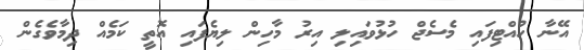
އޭނާ ހުއްޓިފައި މެސެޖް ހުޅުވައިލި އިރު މާހިން ލިޔެފައި އޮތީ ކަމެއް ދިމާވެގެން